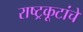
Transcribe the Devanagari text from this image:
राष्ट्रकूटांचे